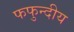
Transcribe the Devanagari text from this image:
फफुन्दीय